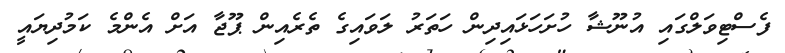
ފެސްޓިވަލްގައި އުނޫޝާ ހުށަހަޅައިދިން ހަތަރު ލަވައިގެ ތެރެއިން ޕޫޖާ އަށް އެންމެ ކަމުދިޔައީ